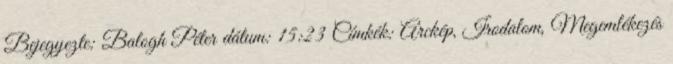
Bejegyezte: Balogh Péter dátum: 15:23 Címkék: Arckép, Irodalom, Megemlékezés